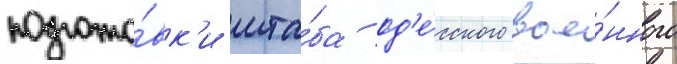
подгото́вк'и шта́ба од'е́сского вое́нного